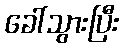
ခေါ်သွားပြီး